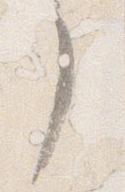
了